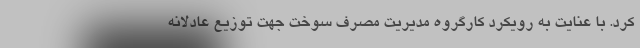
کرد. با عنایت به رویکرد کارگروه مدیریت مصرف سوخت جهت توزیع عادلانه